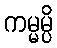
ကမ္မမ္ပိ